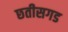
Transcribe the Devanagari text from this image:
छतीसगड